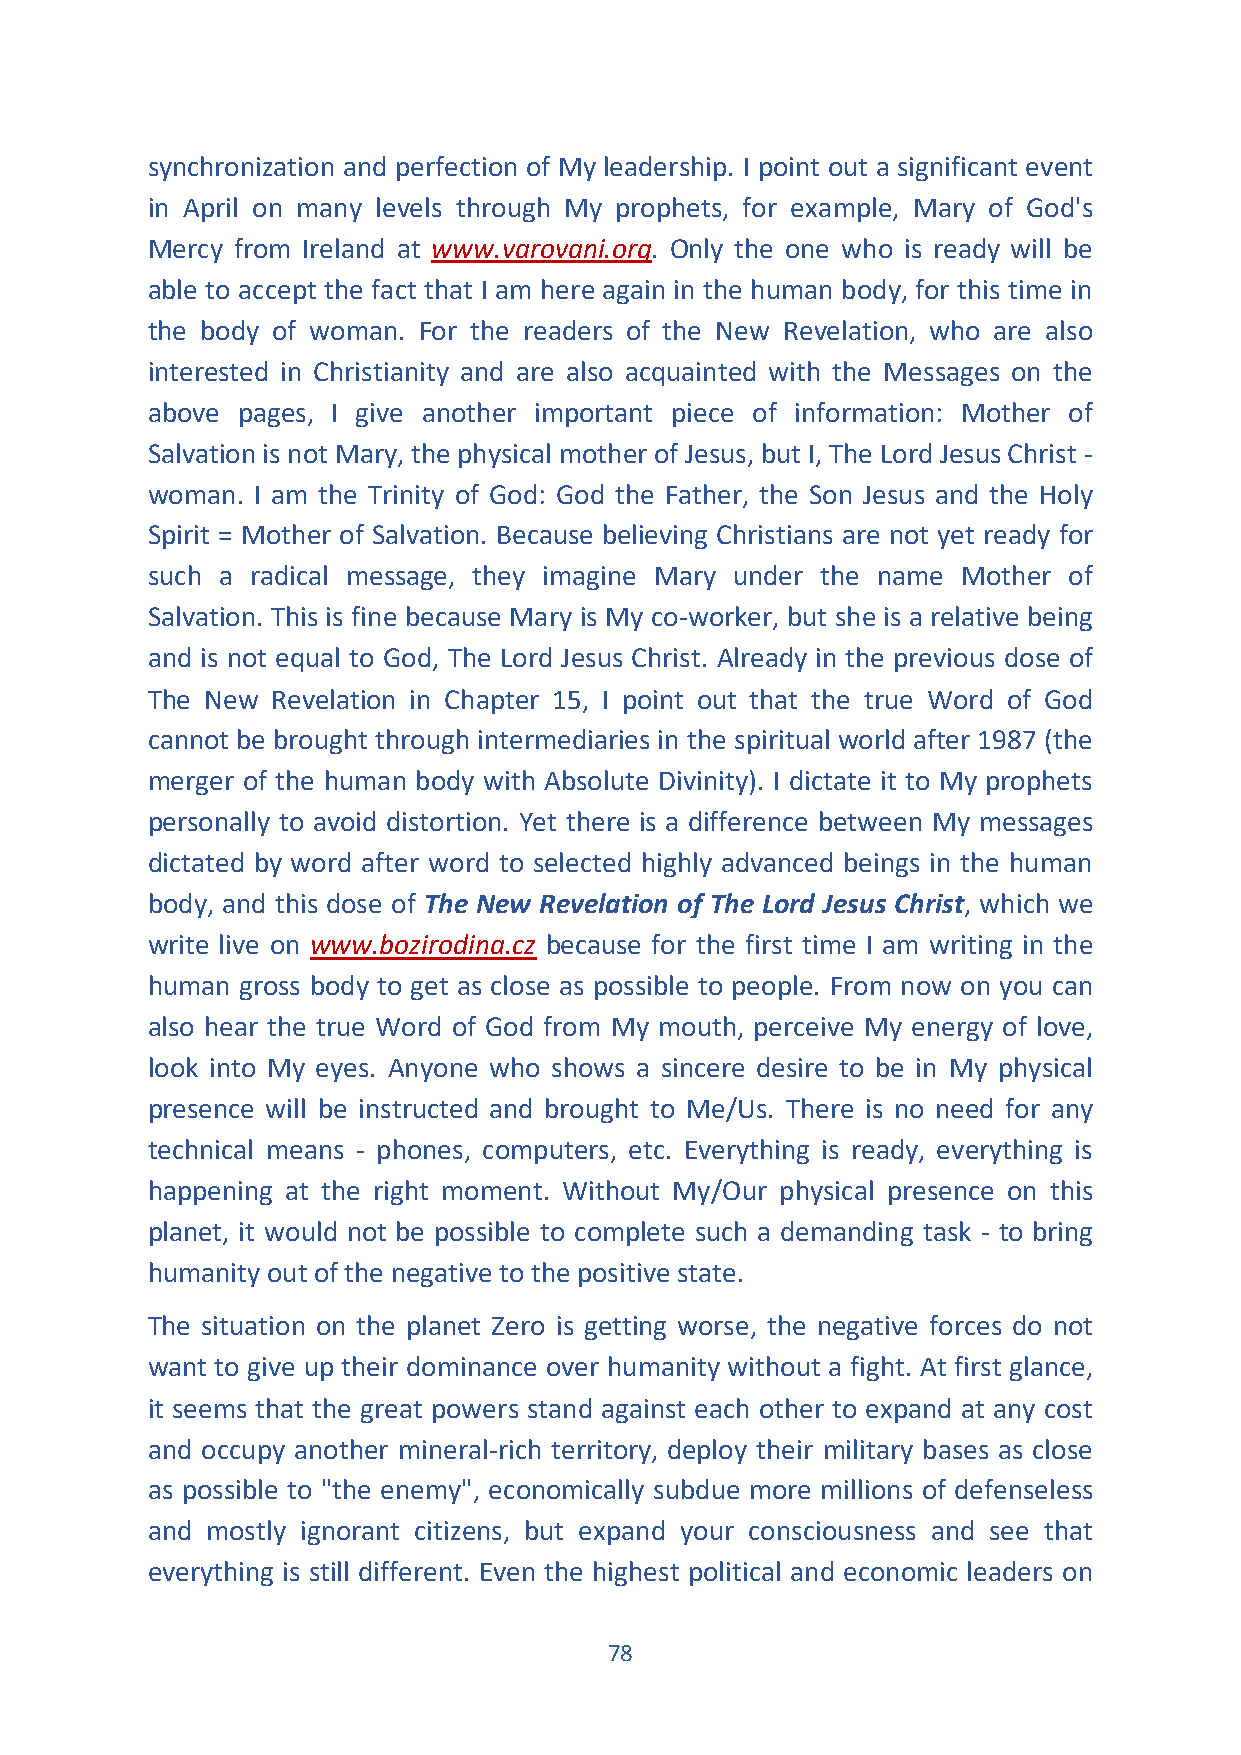
synchronization and perfection of My leadership. I point out a significant event
 in April on many levels through My prophets, for example, Mary of God's
 Mercy from Ireland at www.varovani.org. Only the one who is ready will be
 able to accept the fact that I am here again in the human body, for this time in
 the body of woman. For the readers of the New Revelation, who are also
 interested in Christianity and are also acquainted with the Messages on the
 above pages, I give another important piece of information: Mother of
 Salvation is not Mary, the physical mother of Jesus, but I, The Lord Jesus Christ -
 woman. I am the Trinity of God: God the Father, the Son Jesus and the Holy
 Spirit = Mother of Salvation. Because believing Christians are not yet ready for
 such a radical message, they imagine Mary under the name Mother of
 Salvation. This is fine because Mary is My co-worker, but she is a relative being
 and is not equal to God, The Lord Jesus Christ. Already in the previous dose of
 The New Revelation in Chapter 15, I point out that the true Word of God
 cannot be brought through intermediaries in the spiritual world after 1987 (the
 merger of the human body with Absolute Divinity). I dictate it to My prophets
 personally to avoid distortion. Yet there is a difference between My messages
 dictated by word after word to selected highly advanced beings in the human
 body, and this dose of The New Revelation of The Lord Jesus Christ, which we
 write live on www.bozirodina.cz because for the first time I am writing in the
 human gross body to get as close as possible to people. From now on you can
 also hear the true Word of God from My mouth, perceive My energy of love,
 look into My eyes. Anyone who shows a sincere desire to be in My physical
 presence will be instructed and brought to Me/Us. There is no need for any
 technical means - phones, computers, etc. Everything is ready, everything is
 happening at the right moment. Without My/Our physical presence on this
 planet, it would not be possible to complete such a demanding task - to bring
 humanity out of the negative to the positive state.
 The situation on the planet Zero is getting worse, the negative forces do not
 want to give up their dominance over humanity without a fight. At first glance,
 it seems that the great powers stand against each other to expand at any cost
 and occupy another mineral-rich territory, deploy their military bases as close
 as possible to "the enemy", economically subdue more millions of defenseless
 and mostly ignorant citizens, but expand your consciousness and see that
 everything is still different. Even the highest political and economic leaders on
 78